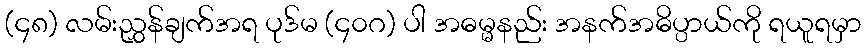
(၄၈) လမ်းညွှန်ချက်အရ ပုဒ်မ (၄၀ဂ) ပါ အဓမ္မနည်း အနက်အဓိပ္ပာယ်ကို ရယူရမှာ